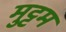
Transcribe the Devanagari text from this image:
मुट्टम